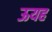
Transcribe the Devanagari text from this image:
ऊयह